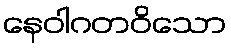
နေဝါဂတဝိသော